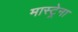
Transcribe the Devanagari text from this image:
मास्ट्रेना